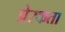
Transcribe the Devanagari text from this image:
प्रेरकता